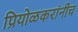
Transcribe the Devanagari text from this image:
प्रियोळकरांनीच